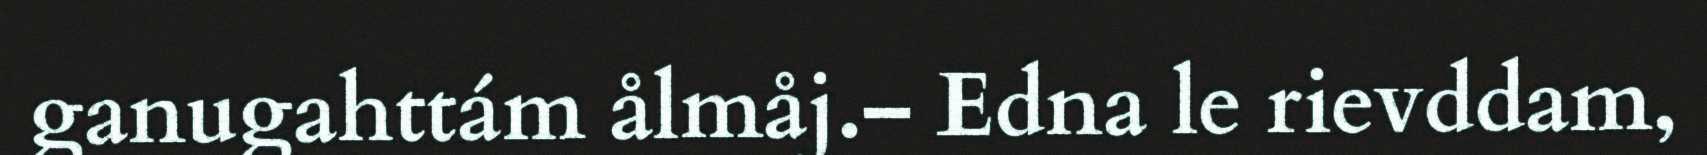
ganugahttám ålmåj.– Edna le rievddam,